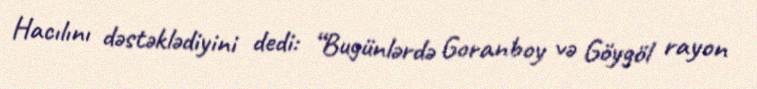
Hacılını dəstəklədiyini dedi: “Bugünlərdə Goranboy və Göygöl rayon